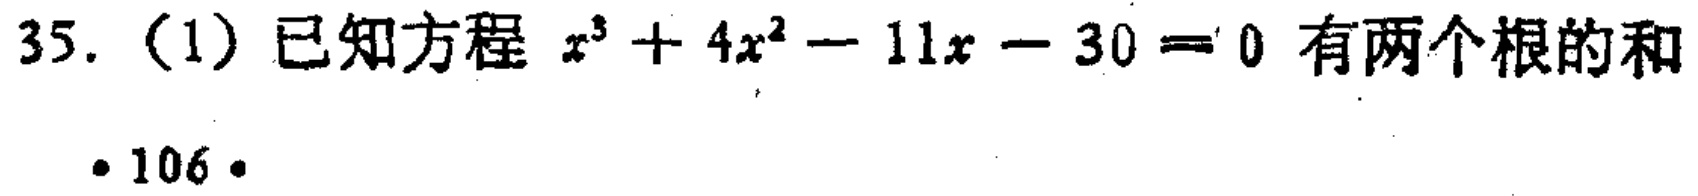
35.（1）已知方程 \(x^{3}+4x^{2}-11x - 30 = 0\) 有两个根的和
·106·